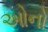
ઓનો